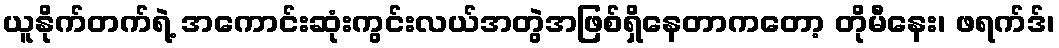
ယူနိုက်တက်ရဲ့ အကောင်းဆုံးကွင်းလယ်အတွဲအဖြစ်ရှိနေတာကတော့ တိုမီနေး၊ ဖရက်ဒ်၊